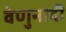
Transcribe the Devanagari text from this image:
वेणुनादीं